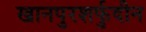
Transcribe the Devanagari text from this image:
खानपुरशर्फुदीन